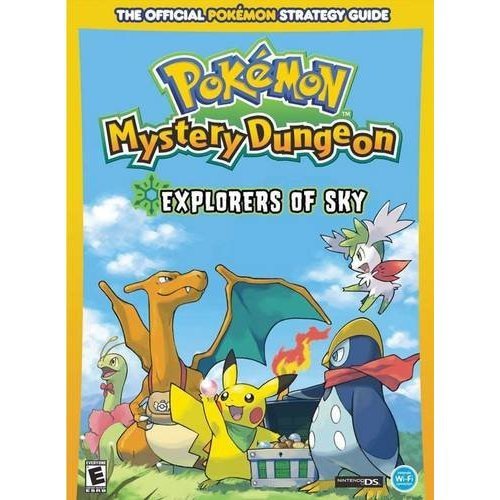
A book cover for Pokemon Mystery Dungeon: Explorers of Sky: Prima Official Game Guide (Prima Official Game Guides: PokÃ©mon); Computers & Technology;